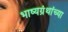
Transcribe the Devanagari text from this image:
भाष्यग्रंथांच्या